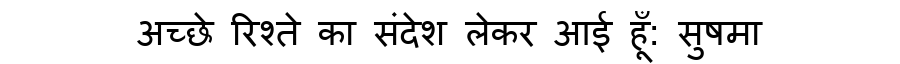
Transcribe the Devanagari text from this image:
अच्छे रिश्ते का संदेश लेकर आई हूँ: सुषमा